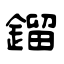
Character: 鎦